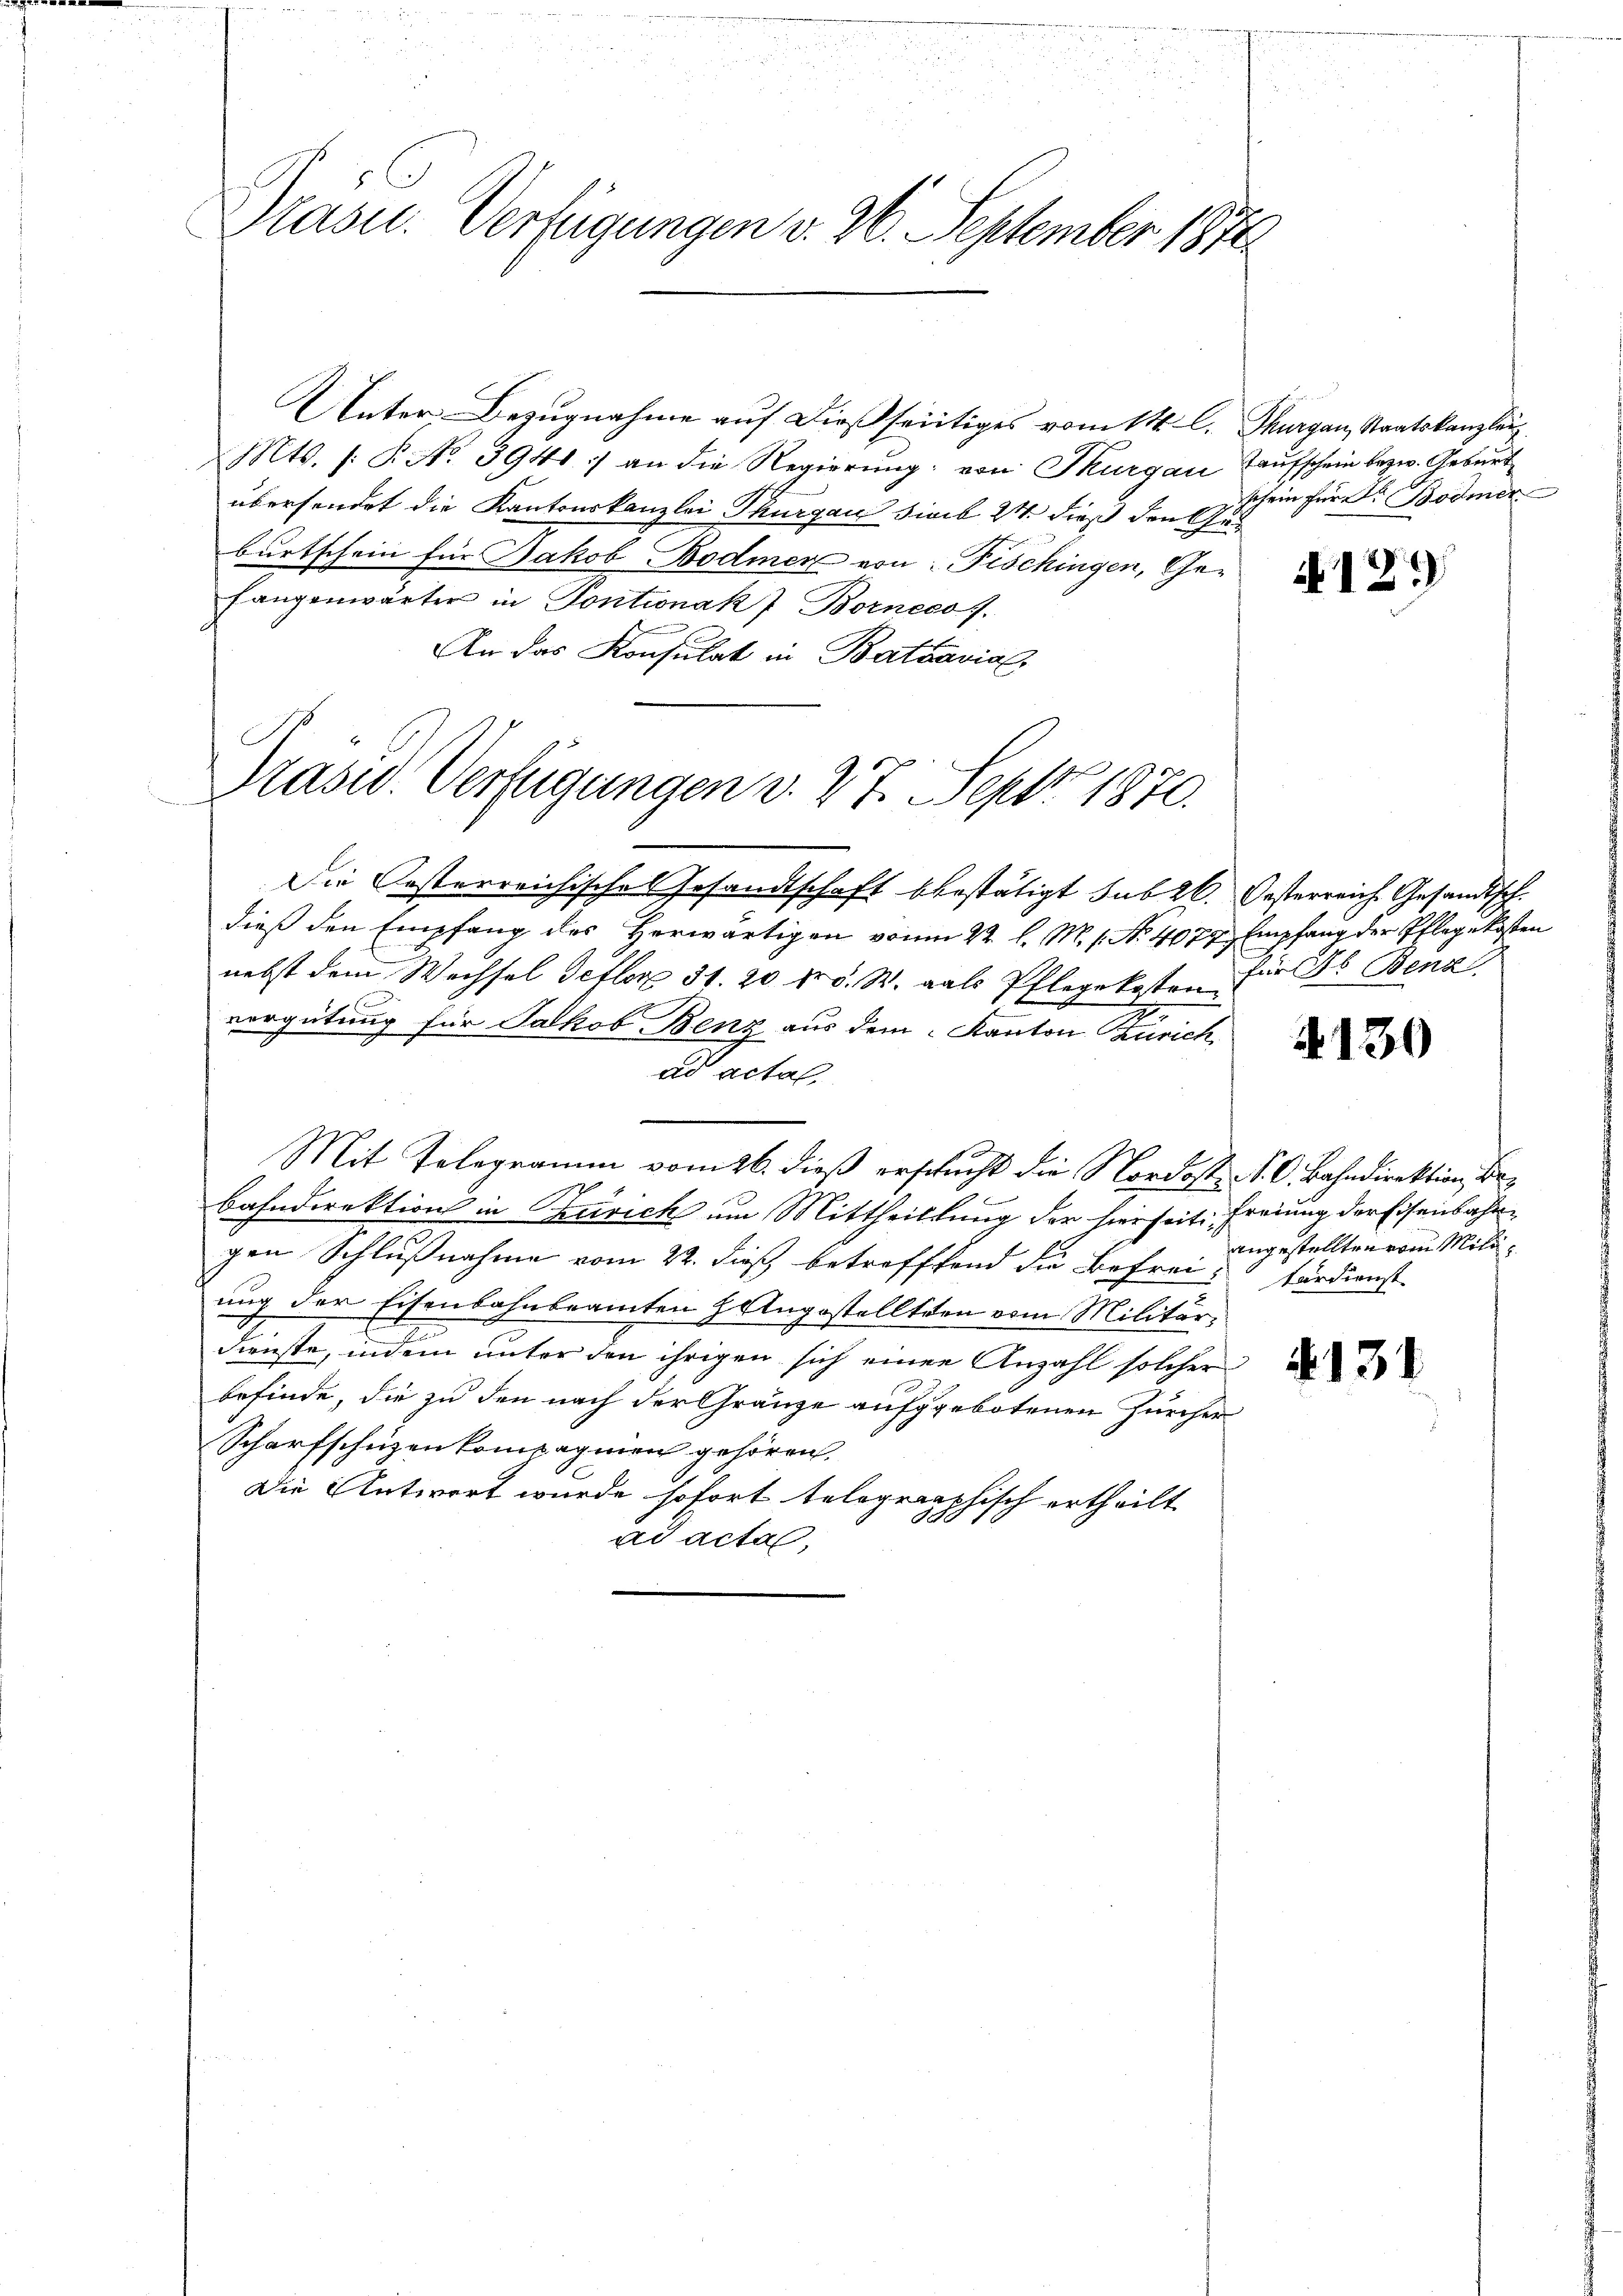
Präsu. Verfügungen v. 26. September 1874

Unter Bezugnahme auf dießseitiges vom 14. A. Thurgau, Staatskanzler
Mts. s. B. No. 3941 :/ an die Regierung: von Thurgau aufschein bezw. Geburt
übersendet die Kantonskanzlei Thurgau Sicib 24 dieß den Eschein für Dr. Bodmer
burtschein für Jakob Bodmer von Fischingen, Gefangenwärter in Pontinak 7 Borneco 7.

An das Konsulat in Batavia
Präsid. Verfügungen v. 27. Sept 1870.

Die Oesterreichisches Gesandtschaft bestätigt sub 26. Oesterreich Gesandtsch.
dieß den Empfang des Herwärtigen von 22 l. M. 1. No. 4077, Empfang der Pflege Kosten
nebst dem Wechsel Setler 31. 20 fr. W. als Pflegekosten.
vergütung für Jakob Benz aus dem Kanton Zürich,
ad actal.
Mit Telegramm vom 26. dieß erschucht die Nordost P. C. Bahndirektion, Bebahndirektion in Zürich um Mittheilung der seiheit Freiung der Eisenbahre
gen Schlußnahme vom 22. dieß betreffend die Befrei-färdienst
ung der Eisenbahnbeamten Hangestellten vom Militärdienste, indem unter den ihrigen sich einen Anzahl solcher
befinde, die zu den nach der Gränze aufgebotenen Zürcher
Scharfschützen kompagnien gehören.
Die Antwort wurde sofort telegraphisch ertheilt
ad acta,

A129

für ds Benz

130

angestellten vom Mili¬